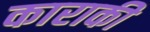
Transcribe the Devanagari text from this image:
काराकी